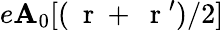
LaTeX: e\mathbf{A}_{0}[(\mathrm{{~\mathbf{~}r~}}+\mathrm{{~\mathbf{~}r~}}^{\prime})/2]